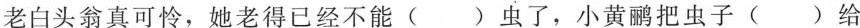
老白头翁真可怜，她老得已经不能()虫了，小黄鹂把虫子()给